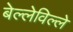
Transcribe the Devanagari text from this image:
बेल्लेविल्ले